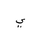
Letter: _ya